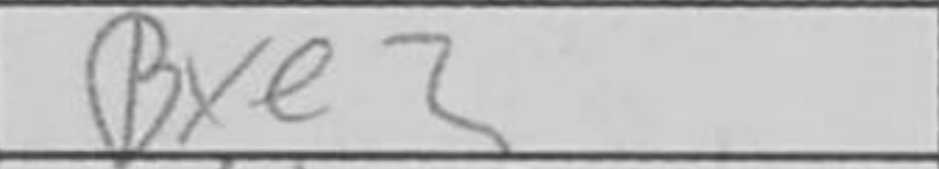
Transcription: Bxe2